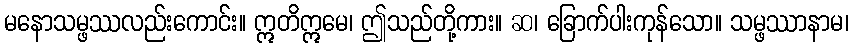
မနောသမ္ဖဿလည်းကောင်း။ ဣတိဣမေ၊ ဤသည်တို့ကား။ ဆ၊ ခြောက်ပါးကုန်သော။ သမ္ဖဿာနာမ၊